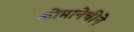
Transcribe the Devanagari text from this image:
कोमानेचीने